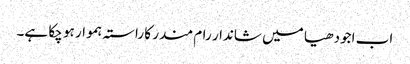
اب اجودھیا میں شاندار رام مندر کا راستہ ہموار ہو چکا ہے۔